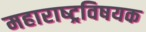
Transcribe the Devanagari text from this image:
महाराष्‍ट्रविषयक